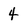
Character: 4